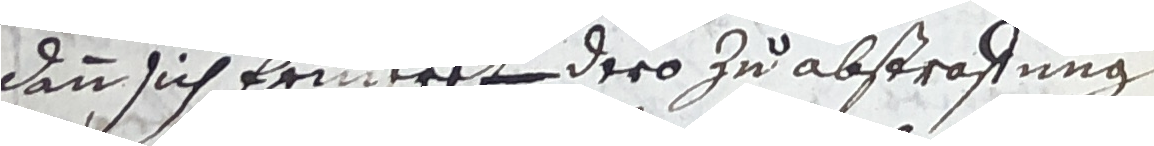
dann sich erineret dero zu abstraffung